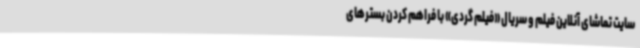
سایت تماشای آنلاین فیلم و سریال «فیلم گردی» با فراهم کردن بسترهای